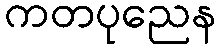
ကတပုညေန